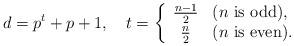
LaTeX: \begin{align*}d = p^t + p + 1, \ \ \ t = \left\{ \begin{array}{cl}\frac{n-1}{2} & (\mbox{$n$ is odd}), \\\frac{n}{2} & (\mbox{$n$ is even}). \\\end{array}\right.\end{align*}